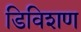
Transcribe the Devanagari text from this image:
डिविशण